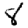
Digit: 8